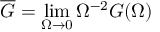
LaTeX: \overline { { G } } = \operatorname * { l i m } _ { \Omega \to 0 } \Omega ^ { - 2 } G ( \Omega )